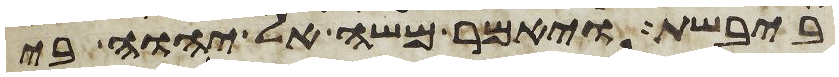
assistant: ביבשת ויאמר משה אל יהוה בי